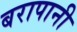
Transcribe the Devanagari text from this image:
बरापानी